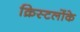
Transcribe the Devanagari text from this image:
क्रिस्टलोंके